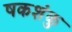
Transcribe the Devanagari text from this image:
षकशंकु